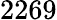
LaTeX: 2269